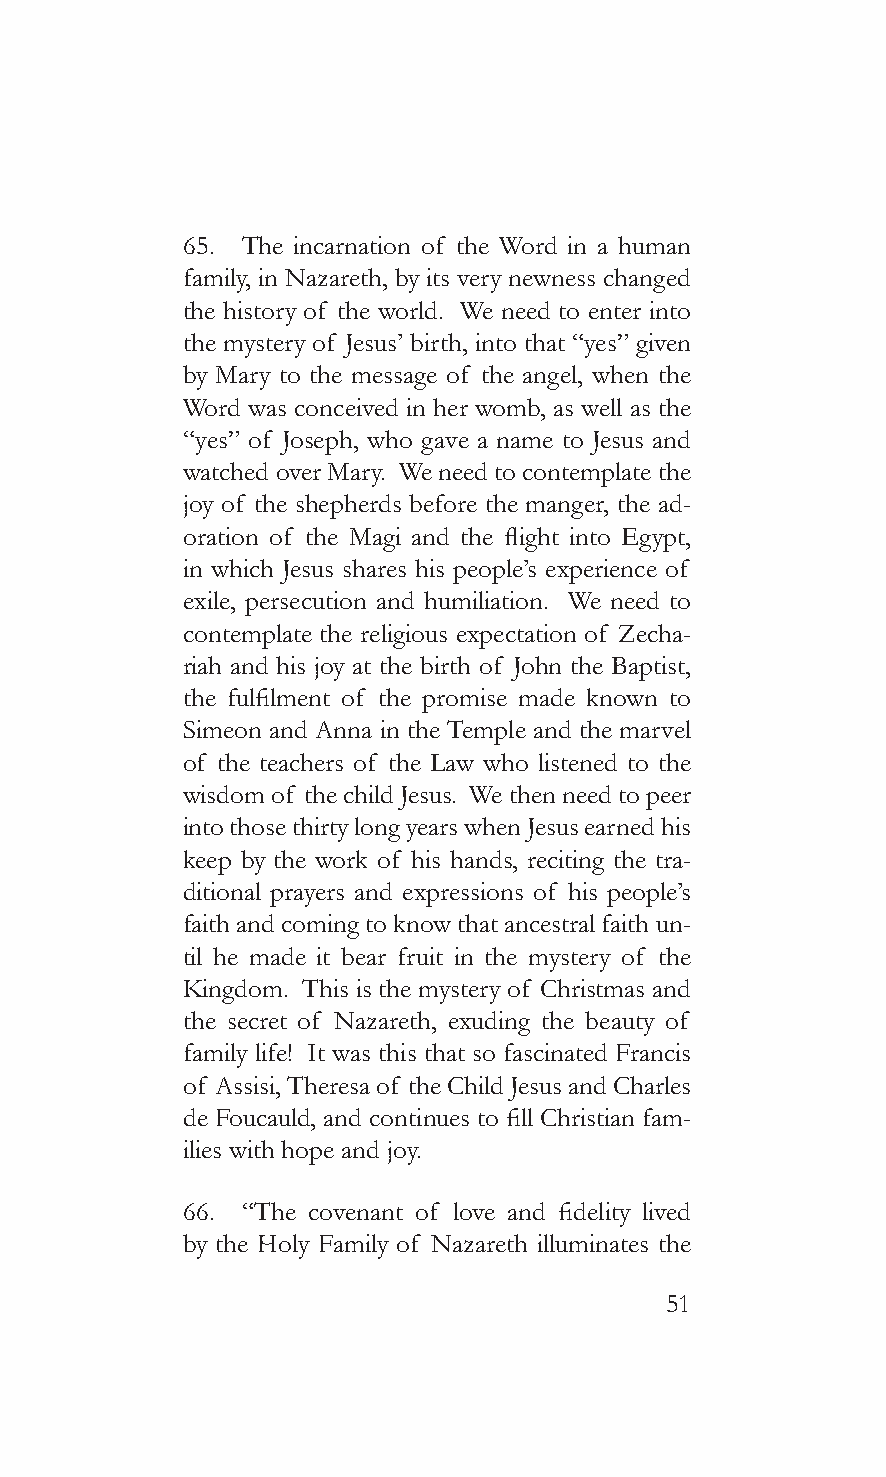
65. The incarnation of the Word in a human
 family, in Nazareth, by its very newness changed
 the history of the world. We need to enter into
 the mystery of Jesus’ birth, into that “yes” given
 by Mary to the message of the angel, when the
 Word was conceived in her womb, as well as the
 “yes” of Joseph, who gave a name to Jesus and
 watched over Mary. We need to contemplate the
 joy of the shepherds before the manger, the ad-
 oration of the Magi and the flight into Egypt,
 in which Jesus shares his people’s experience of
 exile, persecution and humiliation. We need to
 contemplate the religious expectation of Zecha-
 riah and his joy at the birth of John the Baptist,
 the fulfilment of the promise made known to
 Simeon and Anna in the Temple and the marvel
 of the teachers of the Law who listened to the
 wisdom of the child Jesus. We then need to peer
 into those thirty long years when Jesus earned his
 keep by the work of his hands, reciting the tra-
 ditional prayers and expressions of his people’s
 faith and coming to know that ancestral faith un-
 til he made it bear fruit in the mystery of the
 Kingdom. This is the mystery of Christmas and
 the secret of Nazareth, exuding the beauty of
 family life! It was this that so fascinated Francis
 of Assisi, Theresa of the Child Jesus and Charles
 de Foucauld, and continues to fill Christian fam-
 ilies with hope and joy.
 66. “The covenant of love and fidelity lived
 by the Holy Family of Nazareth illuminates the
 51